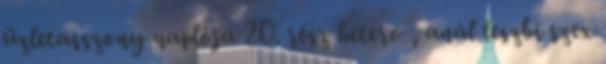
üzletasszony naplója 20. rész hetero , anál leszbi szex